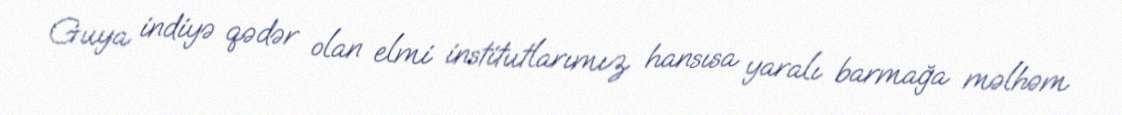
Guya indiyə qədər olan elmi institutlarımız hansısa yaralı barmağa məlhəm